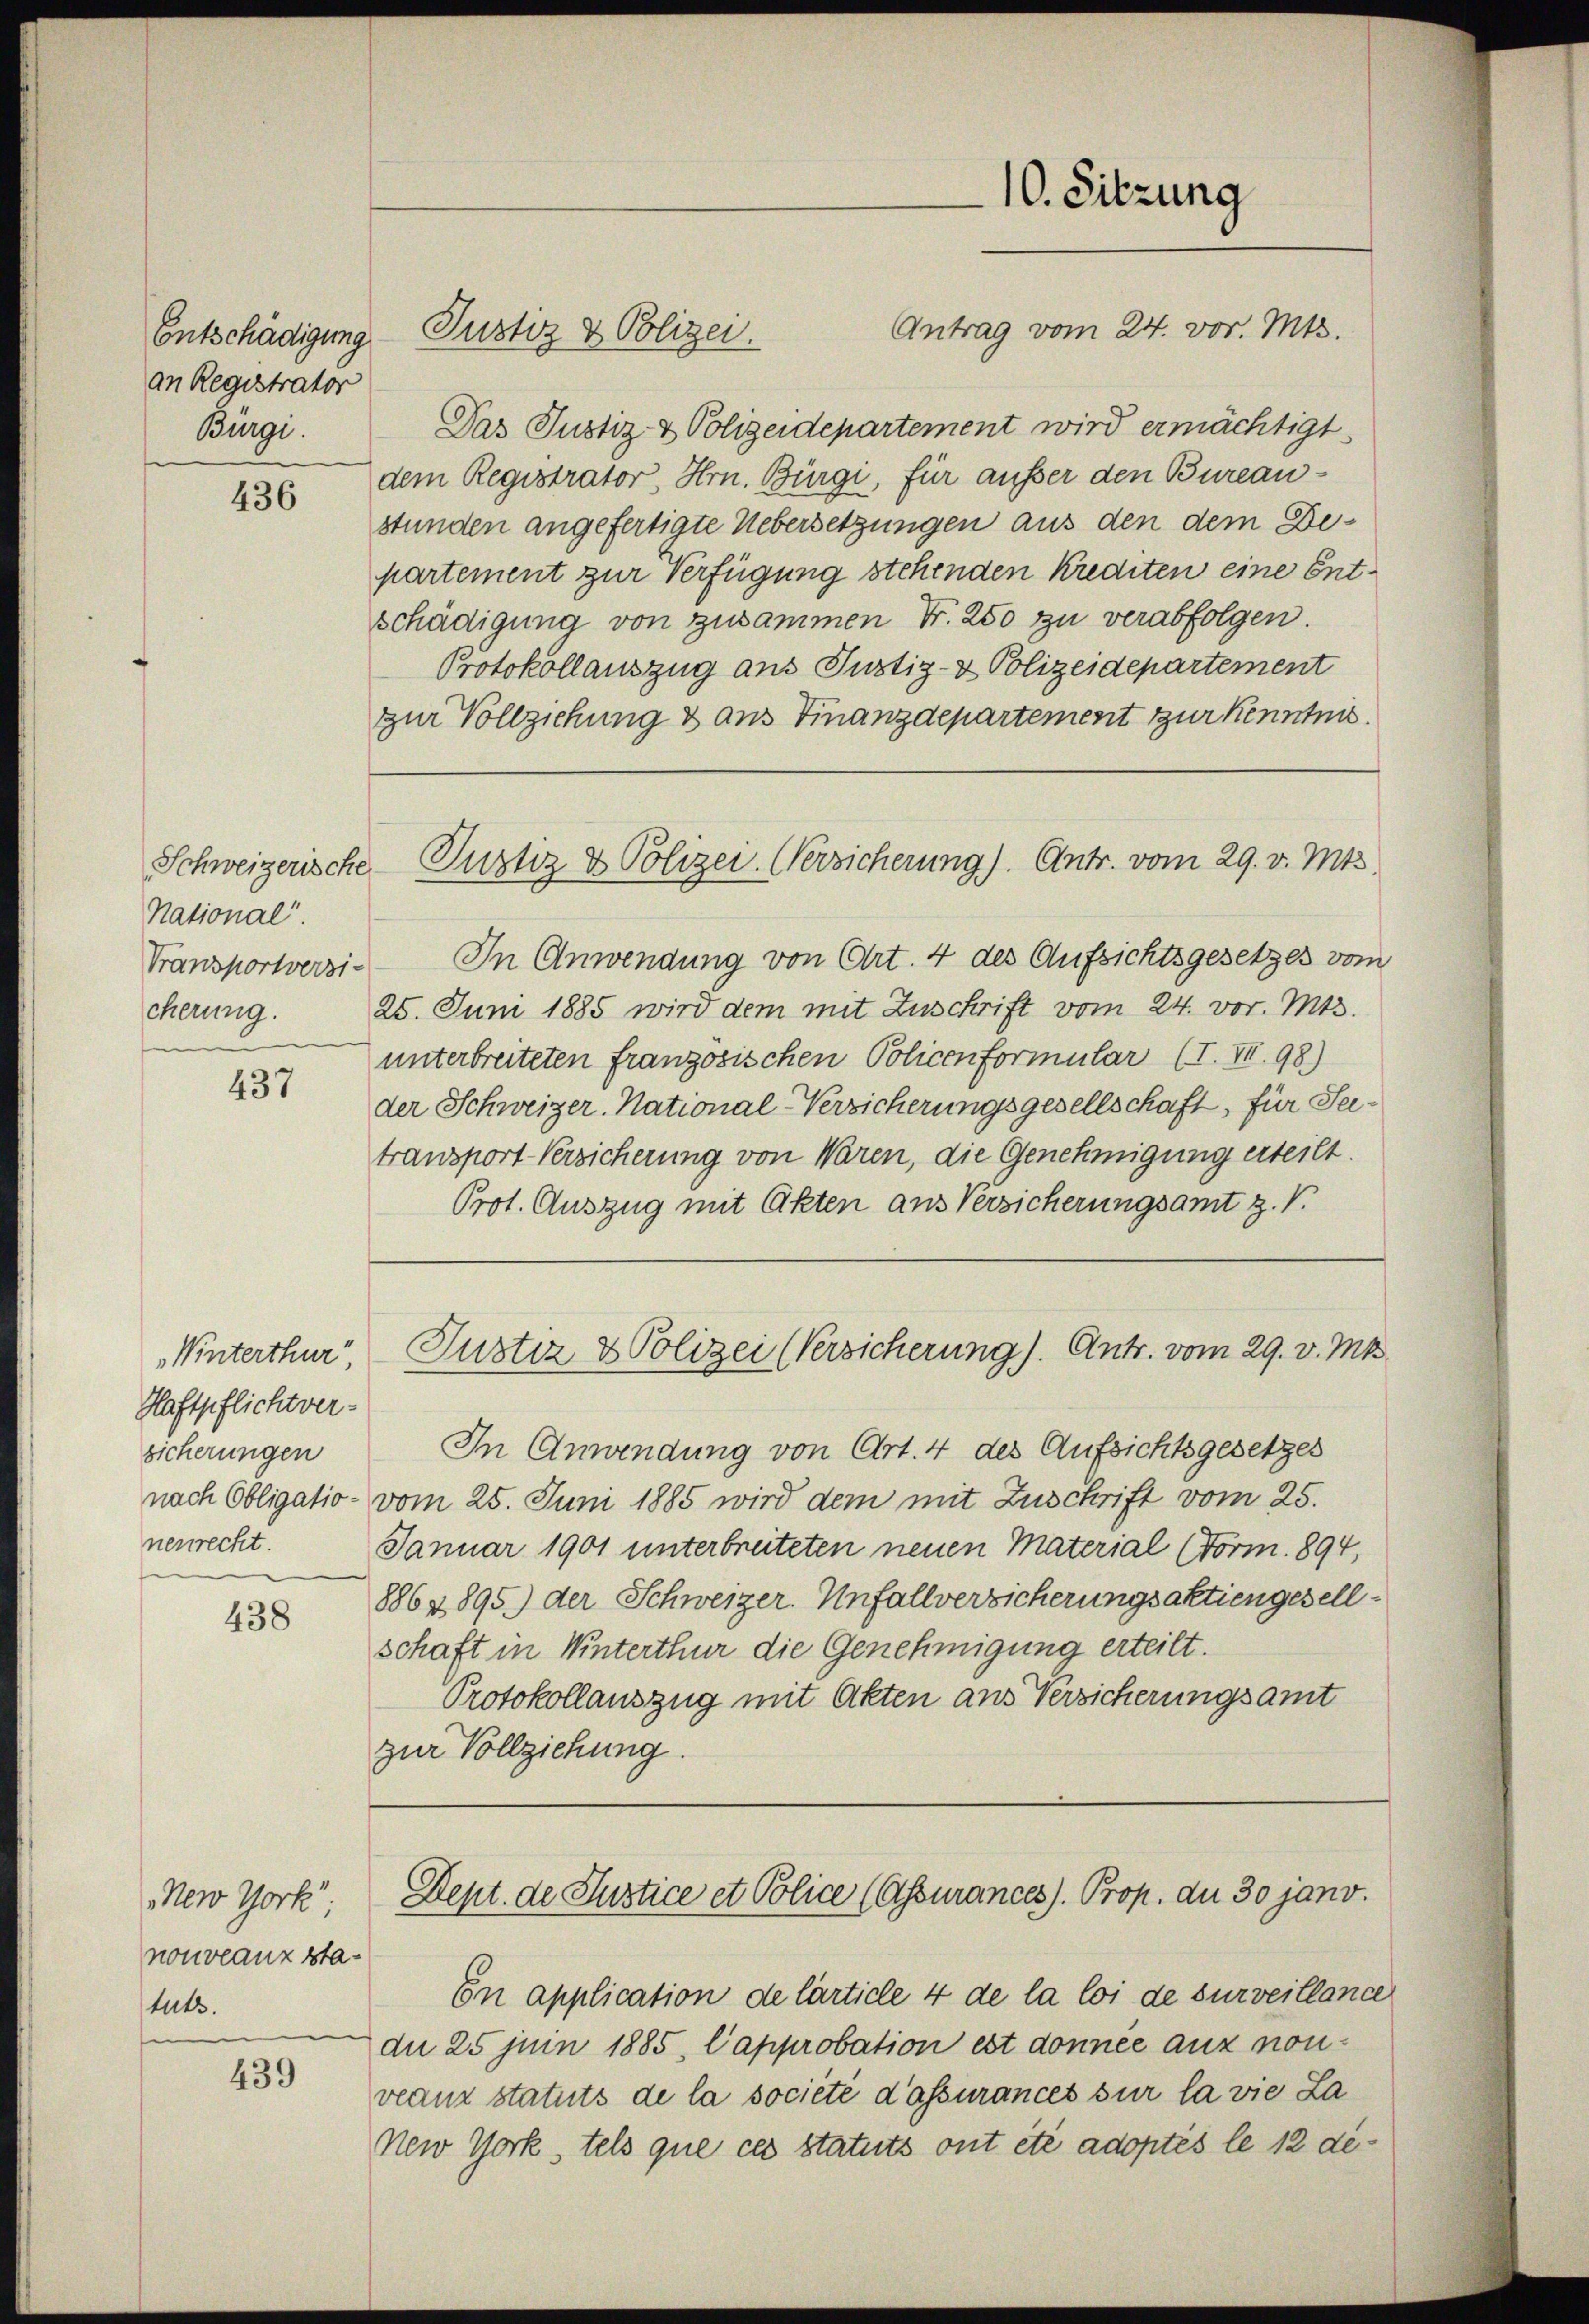
Entschädigung
an Registrator
Bürgi.

436

Schweizerische
National
Transportversi-
cherung.

437

Winterthur,
Haftpflichtver-
sicherungen
nenrecht.

438

New York
nouveaux statuts.

439

Antrag vom 24. vor. Mts.
Das Justiz- & Polizeidepartement wird ermächtigt
dem Registrator, Hrn. Bürgi, für ausser den Bureaustunden angefertigte Uebersetzungen aus den dem Departement zur Verfügung stehenden Krediten eine Entschädigung von zusammen Fr. 250 zu verabfolgen.
Protokollauszug aus Justiz- & Polizeidepartement
zur Vollziehung & aus Finanzdepartement zur Kenntnis.
In Anwendung von Art. 4 des Aufsichtsgesetzes vom
25. Juni 1885 wird dem mit Zuschrift vom 24. vor. Mts.
unterbreiteten französischen Policenformular (I. XII. 98)
der Schweizer. National-Versicherungsgesellschaft, für Seetransport Versicherung von Waren, die Genehmigung erteilt.
Prot. Auszug mit Akten aus Versicherungsamt z. V.
Justiz & Polizei (Versicherung). Antr. vom 29. v. Mts.
In Anwendung von Art. 4 des Aufsichtsgesetzes
nach Obligatio- vom 25. Juni 1885 wird dem mit Zuschrift vom 25.
Januar 1901 unterbreiteten neuen Material (Form. 894,
8864895) der Schweizer. Unfallversicherungsaktiengesell-
schaft in Unterthur die Genehmigung erteilt.
Protokollauszug mit Akten aus Versicherungsamt
zur Vollziehung.

Justiz & Polizei.

Justiz & Polizei. Versicherung). Antr. vom 29. v. Mts.

10. Sitzung

En application de larticle 4 de la loi de surveillande
du 25 juin 1885, Capprobation est donnée aux nonveanz statuts de la société d’assurances sur la vie La¬
New York, tels que ces statuts ont été adoptés le 12 de¬

Dept. de Justice et Police (Assurances. Prop. du 30 jano.